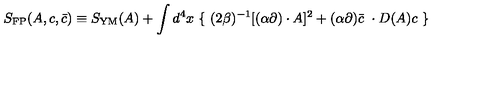
S _ { \mathrm { F P } } ( A , c , \bar { c } ) \equiv S _ { \mathrm { Y M } } ( A ) + \int d ^ { 4 } x \ \{ \ ( 2 \beta ) ^ { - 1 } [ ( \alpha \partial ) \cdot A ] ^ { 2 } + ( \alpha \partial ) \bar { c } \ \cdot D ( A ) c \ \}